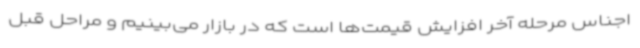
اجناس مرحله آخر افزایش قیمت‌ها است که در بازار می‌بینیم و مراحل قبل